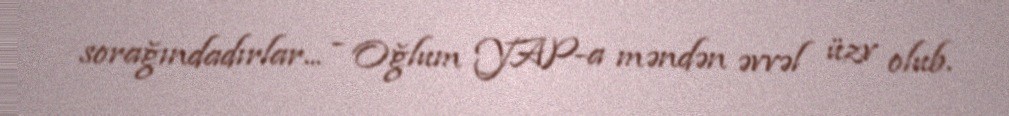
sorağındadırlar... - Oğlum YAP-a məndən əvvəl üzv olub.